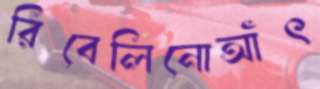
রিবেলিনোআঁৎ